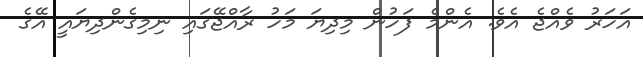
އަހަރު ވެއްޖެ އެވެ. އެންމެ ފަހުން މިދިޔަ މަހު ރާއްޖޭގައި ނިމިގެންދިޔައީ އޭގެ